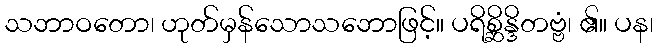
သဘာဝတော၊ ဟုတ်မှန်သောသဘောဖြင့်။ ပရိစ္ဆိန္ဒိတဗ္ဗံ၊ ၏။ ပန၊